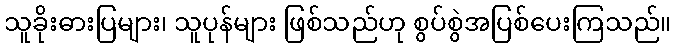
သူခိုးဓားပြများ၊ သူပုန်များ ဖြစ်သည်ဟု စွပ်စွဲအပြစ်ပေးကြသည်။